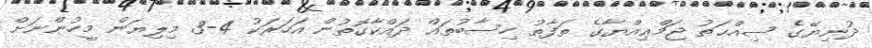
ދުނިޔޭގެ ޞިއްޙަތު ޖަމްޢިއްޔާގެ ތަފާތު ހިސާބުތައް ދައްކާގޮތުން އަހަރަކު 4-3 މިލިޔަން މީހުންނަށް